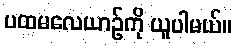
ပထမလေယာဉ်ကို ယူပါမယ်။